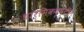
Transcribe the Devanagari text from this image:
धार्मिकदृष्टीने